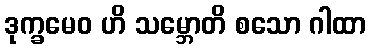
ဒုက္ခမေဝ ဟိ သမ္ဘောတိ စသော ဂါထာ